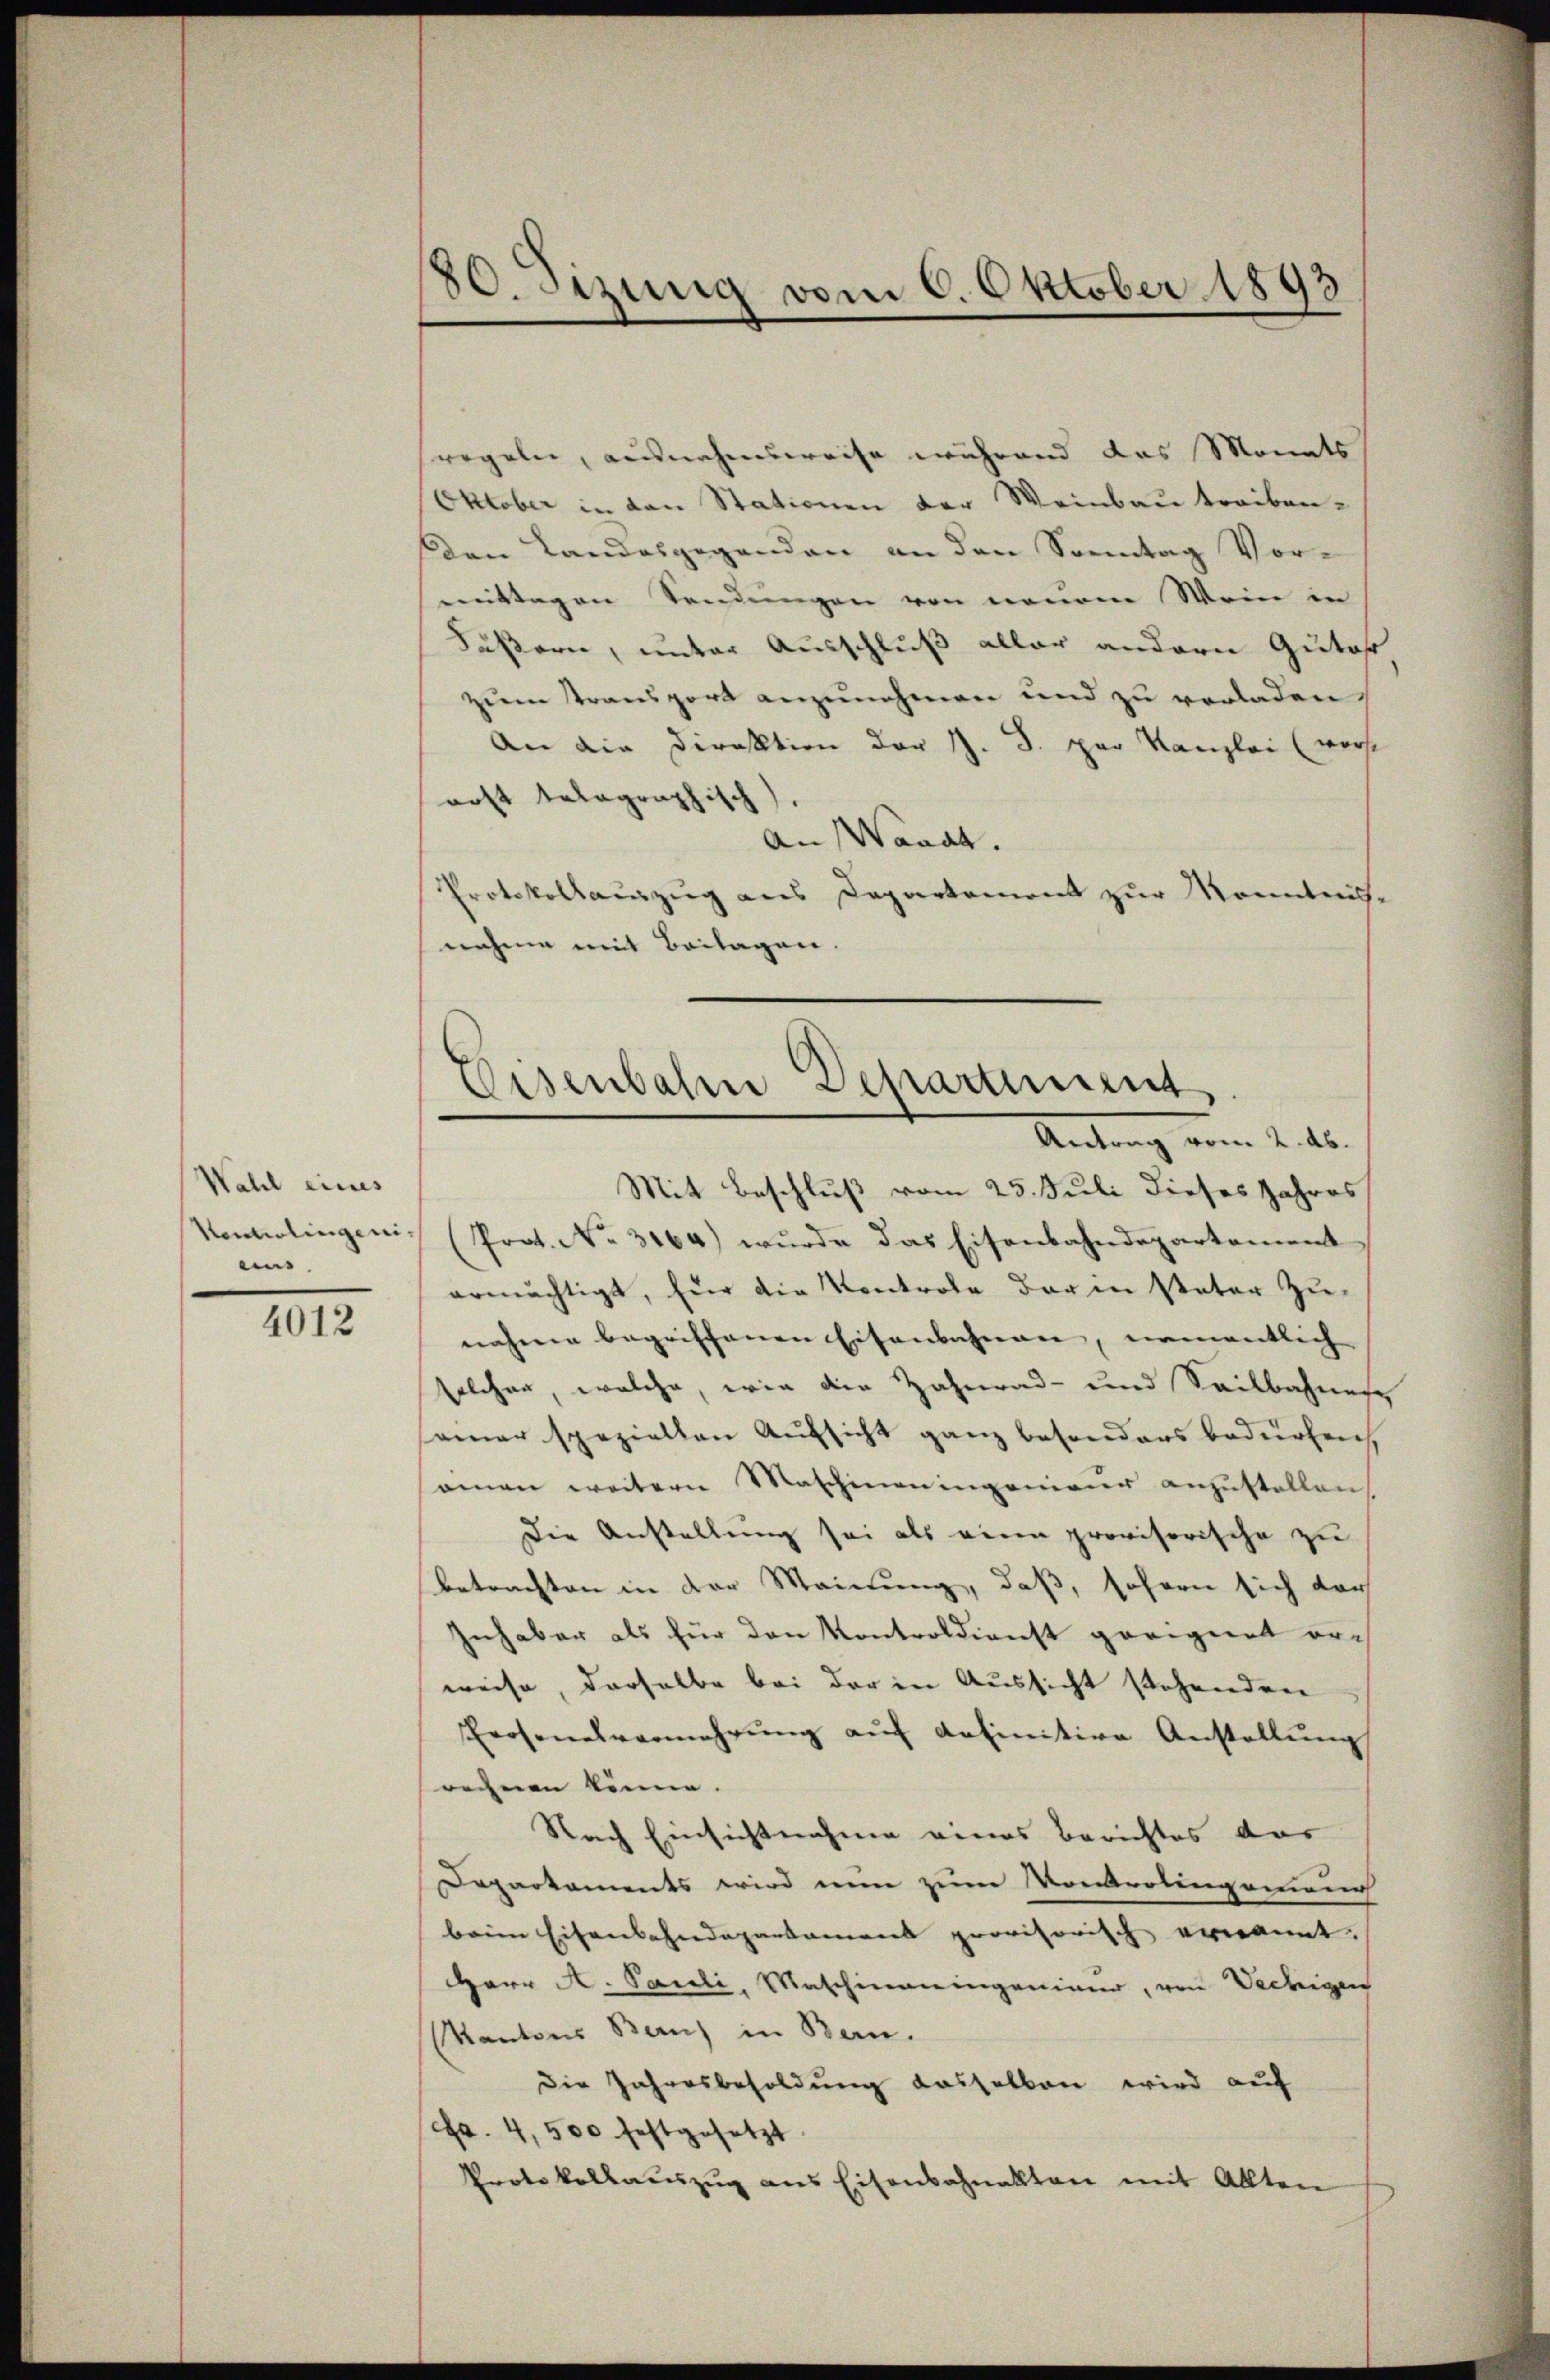
Wahl eines
Honilingen,
mis.

4012

80. Sizung vom 6. Oktober 1893

regeln, ausnahmsweise während das Monats
Oktober in den Stationen der Weinbau treiben¬
Den Landesgegenden an den Sonntag Vor-
emittagen Sendungen von neuen Mein in
Säßern, unter Ausschluß aller andern Guta
zum transport anzunehmen und zu vorladen,
An die Direktion der S. 8. par Kanzlei (vorst
rost telegraphisch
An Waadt.
Protokollauszug aus Departement zur Kenntnis-
nahme mit Beilagen.

Eisenbahne Departement,
Antrag vom 2. ds.

Mit Beschluß vom 25. Juli dieses Jahres
(Prot. No. 3164) wŭrde das Eisenbahndepartament
ermächtigt, für die Kontrole der in Peter Zu-
nahmen begriffenen Eisenbahnen, namentlich
solcher, welche, wie die Zahnrad- und Seilbahnege
samer spezielten Aufsicht ganz besonders bedürfen,
amen weitern Maschineningenieur anzustellen,
Die Anstellung sei als eine provisorische zu
betrachten in der Meinung, daß, sofern sich dar
Inhaber als für den Kontroldienst geeignet orweise, derselbe bei der in Aussicht stehenden
Prosenalvermehrŭng aŭf definitive Anstellŭng
rechnen könne.
Nach Einsichtnahme eines Berichtes das
Departaments wird nun zum Kontrolingerung
beim Eisenbahndepartamens provisorisch ernannt.
Herr A. Pauli, Maschineingenimer, von Vechigen
Kantons Bau) in Bern.
Die Jahresbesoldung dasselben wird auf
Fr. 4,500 festgesetzt
Protokollauszug aus Eisenbahnakten mit Allten